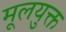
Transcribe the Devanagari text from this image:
मूलयुक्त